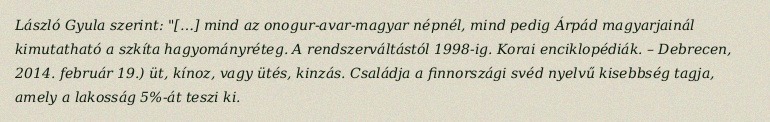
László Gyula szerint: "[…] mind az onogur-avar-magyar népnél, mind pedig Árpád magyarjainál kimutatható a szkíta hagyományréteg. A rendszerváltástól 1998-ig. Korai enciklopédiák. – Debrecen, 2014. február 19.) üt, kínoz, vagy ütés, kinzás. Családja a finnországi svéd nyelvű kisebbség tagja, amely a lakosság 5%-át teszi ki.